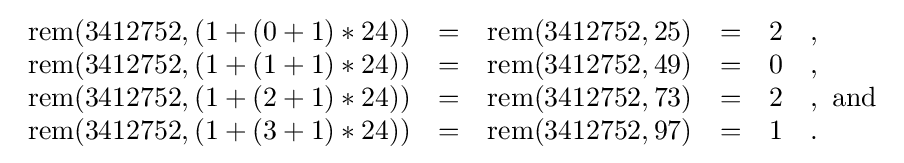
{\begin{array}{llllll}\mathrm {rem} (3412752,(1+(0+1)*24))&=&\mathrm {rem} (3412752,25)&=&2&,\\\mathrm {rem} (3412752,(1+(1+1)*24))&=&\mathrm {rem} (3412752,49)&=&0&,\\\mathrm {rem} (3412752,(1+(2+1)*24))&=&\mathrm {rem} (3412752,73)&=&2&,{\text{ and}}\\\mathrm {rem} (3412752,(1+(3+1)*24))&=&\mathrm {rem} (3412752,97)&=&1&.\\\end{array}}